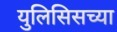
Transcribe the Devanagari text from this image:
युलिसिसच्या